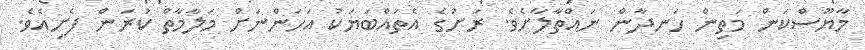
މާޔޫސްކަން މަތިން ހަނދާން ނައްތާލާށެވެ. ރަށުގެ އެތައްބަޔަކު އަހަންނަށް މަލާމާތް ކުރަން ފެށިއެވެ.